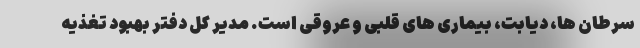
سرطان ها، دیابت، بیماری های قلبی و عروقی است. مدیر کل دفتر بهبود تغذیه